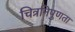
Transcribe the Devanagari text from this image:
चित्रनिपुणता